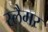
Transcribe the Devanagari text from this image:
स्लैमर